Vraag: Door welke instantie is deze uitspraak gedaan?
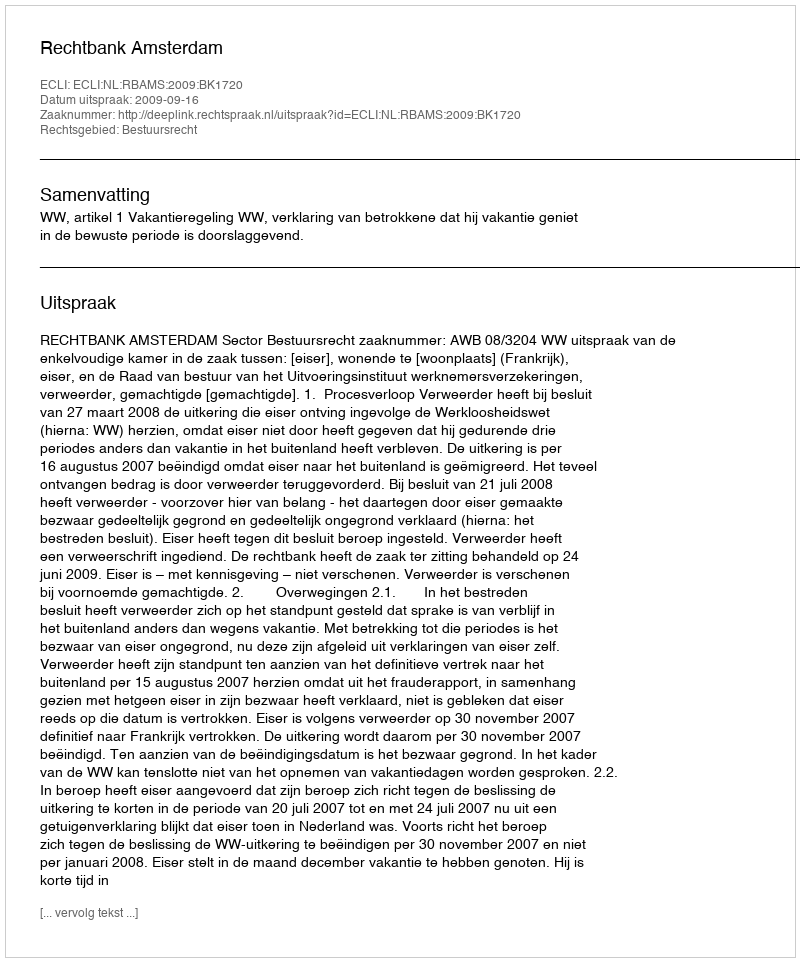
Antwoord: Rechtbank Amsterdam